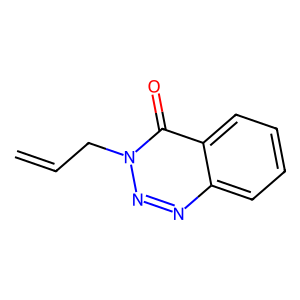
SMILES: C=CCn1nnc2ccccc2c1=O
Inhibits HIV replication: No